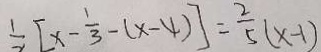
\frac { 1 } { 2 } [ x - \frac { 1 } { 3 } - ( x - 4 ) ] = \frac { 2 } { 5 } ( x - 1 )